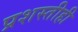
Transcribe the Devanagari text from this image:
प्रशस्तीही